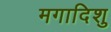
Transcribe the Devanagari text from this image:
मगादिशु